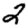
Digit: 2